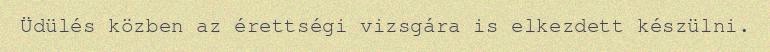
Üdülés közben az érettségi vizsgára is elkezdett készülni.